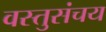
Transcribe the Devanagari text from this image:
वस्तुसंचय